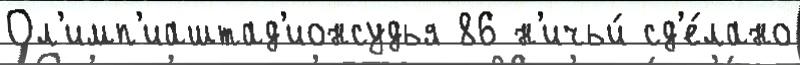
Ол'имп'иаштад'ионсудья 86 н'ичьи́ сд'е́лано